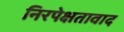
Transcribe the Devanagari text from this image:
निरपेक्षतावाद